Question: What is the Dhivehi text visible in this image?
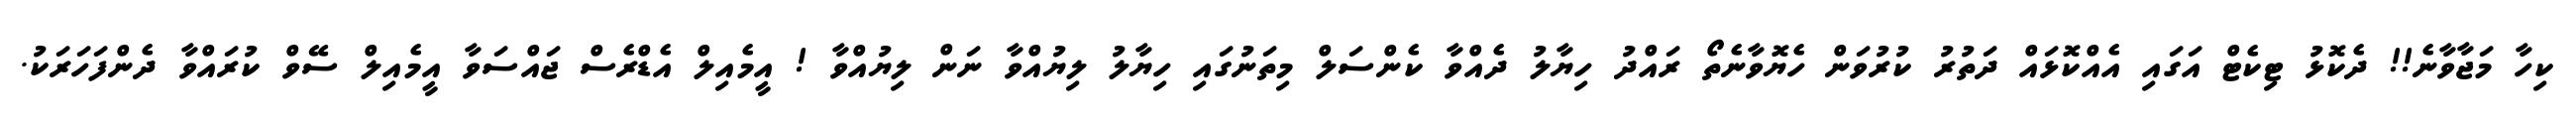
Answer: ކިހާ މަޖާވާނެ!! ދެކޮޅު ޓިކެޓް އަގައި އެއްކޮޅައް ދަތުރު ކުރުވަން ހެޔޮވާނެތޯ ރައްދު ހިޔާލު ދެއްވާ ކެންސަލް މިތަނުގައި ހިޔާލު ލިޔުއްވާ ނަން ލިޔުއްވާ ! އީމެއިލް އެޑްރެސް ޖައްސަވާ އީމެއިލް ސޭވް ކުރައްވާ ދެންފަހަރަކު.